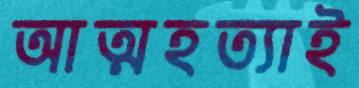
আত্মহত্যাই